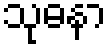
သုဓနာ